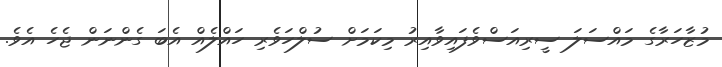
މުޒާހަރާގެ މައްސަލަ ސީރިއަސްވެފައިވާއިރު މިކަމަށް ސުލްހަވެރި ހައްލެއް އެބަ ގެންނަން ޖެހެ އެވެ.